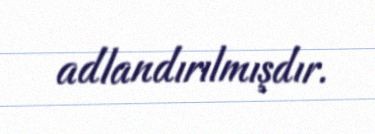
adlandırılmışdır.